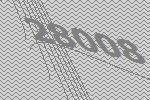
28008